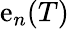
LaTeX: \mathrm{e}_{n}(T)